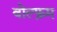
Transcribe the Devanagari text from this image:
वोल्फ्रम